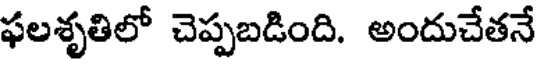
ఫలశృతిలో చెప్పబడింది. అందుచేతనే